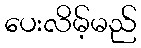
ပေးလိမ့်မည်